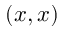
( x , x )